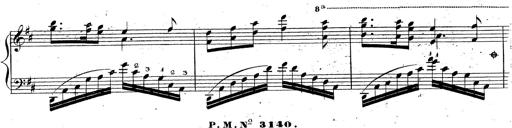
Title: Grande fantaisie sur la tyrolienne de l'opÃ©ra
Composer: Franz Liszt
Key: A major